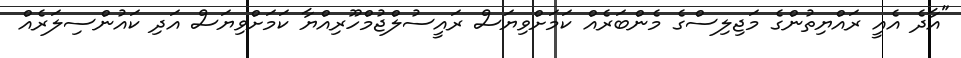
"އާދެ އެއީ ރައްޔިތުންގެ މަޖިލިސްގެ މެންބަރެއް ކަމަށްވިޔަސް ރައީސުލްޖުމްހޫރިއްޔާ ކަމަށްވިޔަސް އަދި ކައުންސިލަރެއް